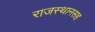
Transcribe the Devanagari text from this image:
राजस्थानसह